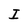
Character: I